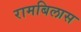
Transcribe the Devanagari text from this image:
रामबिलास